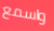
واسمع